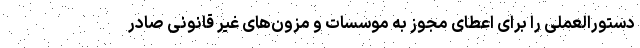
دستورالعملی را برای اعطای مجوز به موسسات و مزون‌های غیر قانونی صادر